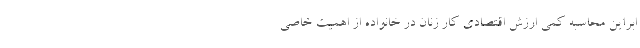
ابراین محاسبه کمی ارزش اقتصادی کار زنان در خانواده از اهمیت خاصی